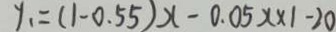
y _ { 1 } = ( 1 - 0 . 5 5 ) x - 0 . 0 5 x \times 1 - 2 0